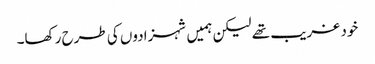
خود غریب تھے لیکن ہمیں شہزادوں کی طرح رکھا۔